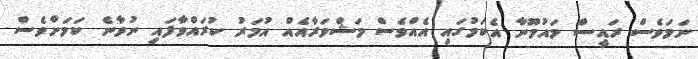
ނަމަވެސް ރައީސް މައުމޫނާ އެކަމުގައި އެއްވެސް މަޝްވަރާއެއް އުމަރު ކުރައްވާފައި ނުވާނެ ކަމަށްވެސް